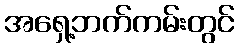
အရှေ့ဘက်ကမ်းတွင်